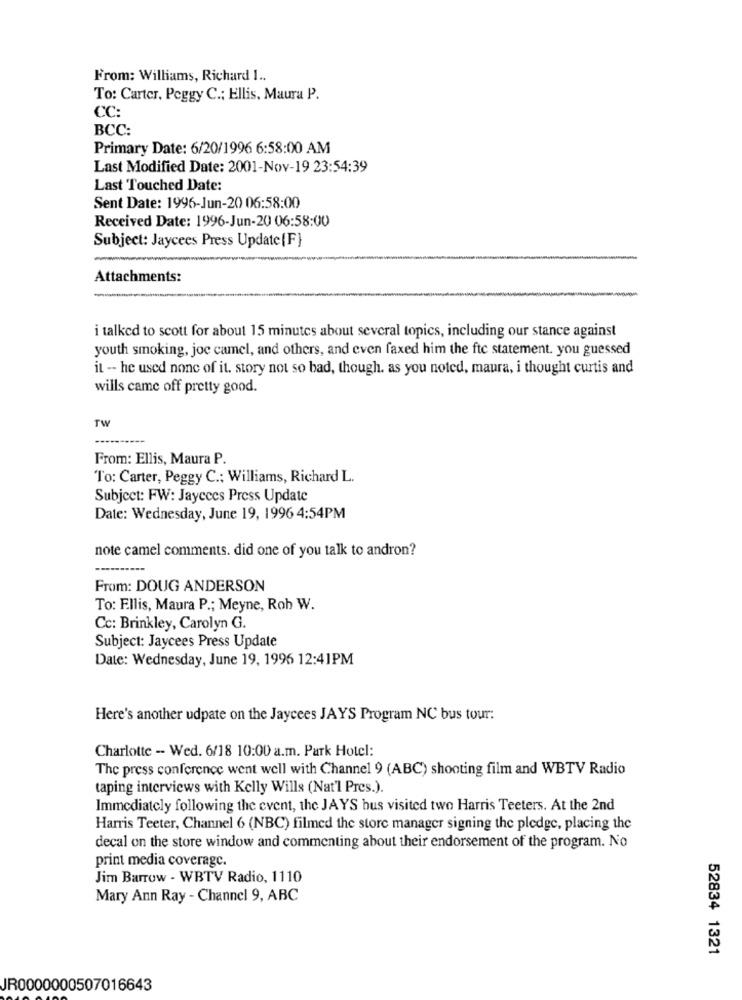
From: Williams, Richard 1 ..
To: Carter, Peggy C .; Ellis, Maura P.
CC:
BCC:
Primary Date: 6/20/1996 6:58:00 AM
Last Modified Date: 2001-Nov-19 23:54:39
Last Touched Date:
Sent Date: 1996-Jun-20 06:58:00
Received Date: 1996-Jun-20 06:58:00
Subject: Jaycees Press Update (F}
Attachments:
i talked to scott for about 15 minutes about several topics, including our stance against
youth smoking, joe camel, and others, and even faxed him the fte statement. you guessed
it -- he used none of it. story not so bad, though. as you noted, maura, i thought curtis and
wills came off pretty good.
TW
From: Ellis, Maura P.
To: Carter, Peggy C .; Williams, Richard L.
Subject: FW: Jaycees Press Update
Date: Wednesday, June 19, 1996 4:54PM
note camel comments. did one of you talk to andron?
From: DOUG ANDERSON
To: Ellis, Maura P .; Meyne, Roh W.
Cc: Brinkley, Carolyn G.
Subject: Jaycees Press Update
Date: Wednesday, June 19, 1996 12:41PM
Here's another udpate on the Jaycees JAYS Program NC bus tour:
Charlotte -- Wed. 6/18 10:00 a.m. Park Hotel:
The press conference went well with Channel 9 (ABC) shooting film and WBTV Radio
taping interviews with Kelly Wills (Nat'l Pres.).
Immediately following the event, the JAYS bus visited two Harris Teeters. At the 2nd
Harris Teeter, Channel 6 (NBC) filmed the store manager signing the pledge, placing the
decal on the store window and commenting about their endorsement of the program. No
print media coverage.
Jim Barrow - WBTV Radio, 1110
Mary Ann Ray - Channel 9, ABC
52834 1321
JR0000000507016643